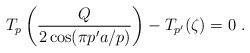
LaTeX: \begin{align*}T_p\left(\frac{Q}{2\cos(\pi p' a/p)}\right)-T_{p'}(\zeta)=0\ .\end{align*}